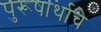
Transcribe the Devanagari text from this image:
पुरूषार्थाचे